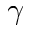
\gamma